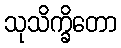
သုသိက္ခိတော